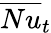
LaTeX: \overline{{Nu}}_{t}